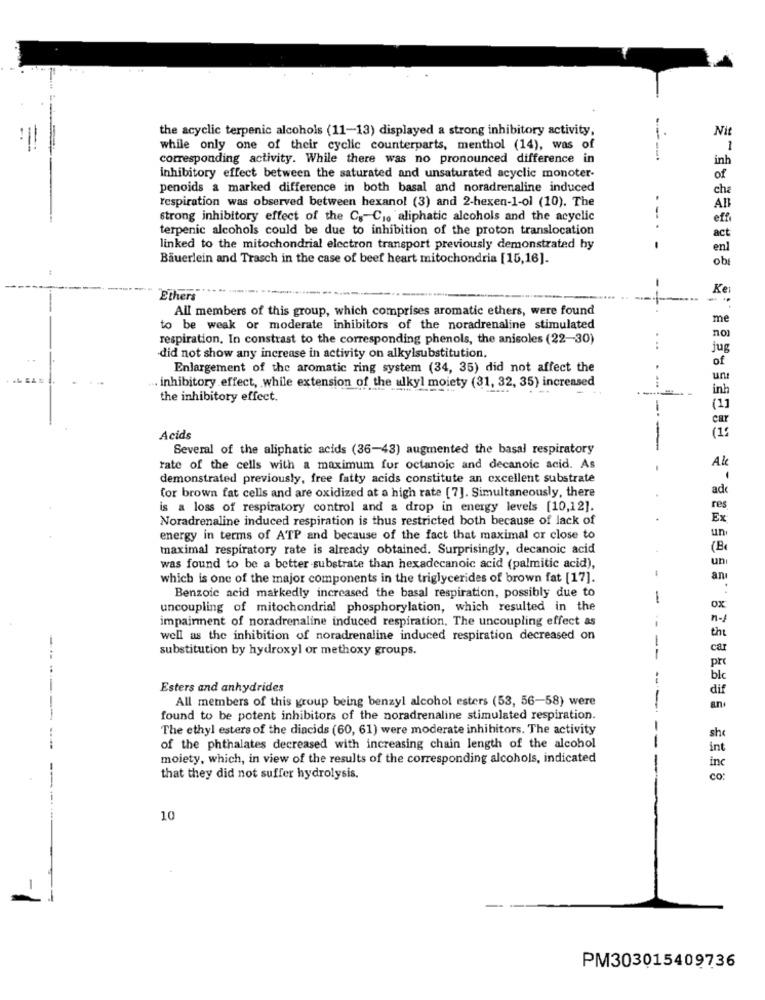
the acyclic terpenic alcohols (11-13) displayed a strong inhibitory activity,
Nit
11
while only one of their cyclic counterparts, menthol (14), was of
1
corresponding activity. While there was no pronounced difference in
inh
inhibitory effect between the saturated and unsaturated acyclic monoter-
of
penoids a marked difference in both basal and noradrenaline induced
che
respiration was observed between hexanol (3) and 2-hexen-1-ol (10). The
.
strong inhibitory effect of the C. C .. aliphatic alcohols and the acyclic
terpenic alcohols could be due to inhibition of the proton translocation
..
act
linked to the mitochondrial electron transport previously demonstrated by
enl
Bauerlein and Trasch in the case of beef heart mitochondria [15,16].
ob
Ke
Ethers
All members of this group, which comprises aromatic ethers, were found
me
to be weak or moderate inhibitors of the noradrenaline stimulated
respiration, In constrast to the corresponding phenols, the anisoles (22-30)
non
jug
did not show any increase in activity on alkylsubstitution.
of
Enlargement of the aromatic ring system (34, 35) did not affect the
inhibitory effect, while extension of the alkyl moiety (31, 32, 35) increased
une
inh
the inhibitory effect.
(11
car
(1:
Acids
Several of the aliphatic acids (36-43) augmented the basal respiratory
Al
rate of the cells with a maximum for octanoic and decanoic acid. As
demonstrated previously, free fatty acids constitute an excellent substrate
.
ad
for brown fat cells and are oxidized at a high rate [7]. Simultaneously, there
is a loss of respiratory control and a drop in energy levels [10,12].
res
Noradrenaline induced respiration is thus restricted both because of lack of
.
Ex
energy in terms of ATP and because of the fact that maximal or close to
un
maximal respiratory rate is already obtained. Surprisingly, decanoic acid
(B
.
un
was found to be a better -substrate than hexadecanoic acid (palmitic acid),
which is one of the major components in the triglycerides of brown fat [17].
-
anı
xo
Benzoic acid markedly increased the basal respiration, possibly due to
-
uncoupling of mitochondrial phosphorylation, which resulted in the
impairment of noradrenaline induced respiration, The uncoupling effect as
n-1
the
-
well as the inhibition of noradrenaline induced respiration decreased on
substitution by hydroxyl or methoxy groups.
car
pre
blc
Esters and anhydrides
dif
All members of this group being benzyl alcohol esters (53, 56-58) were
an.
found to be potent inhibitors of the noradrenaline stimulated respiration.
The ethyl esters of the diacids (60, 61) were moderate inhibitors. The activity
she
of the phthalates decreased with increasing chain length of the alcohol
int
moiety, which, in view of the results of the corresponding alcohols, indicated
inc
that they did not suffer hydrolysis.
co
---
10
PM303015409736